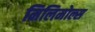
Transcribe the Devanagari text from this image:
मिलिमोल्स